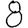
Digit: 8